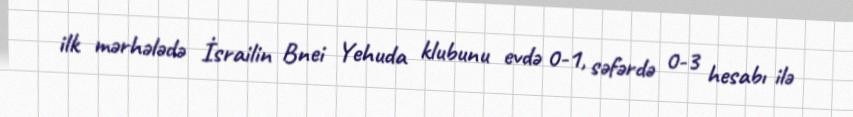
ilk mərhələdə İsrailin Bnei Yehuda klubunu evdə 0-1, səfərdə 0-3 hesabı ilə